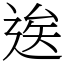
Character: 逘